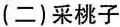
(二)采桃子